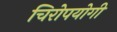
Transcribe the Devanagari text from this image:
चिरोपयोगी